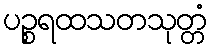
ပဉ္စရထသတသုတ္တံ